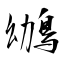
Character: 鴢